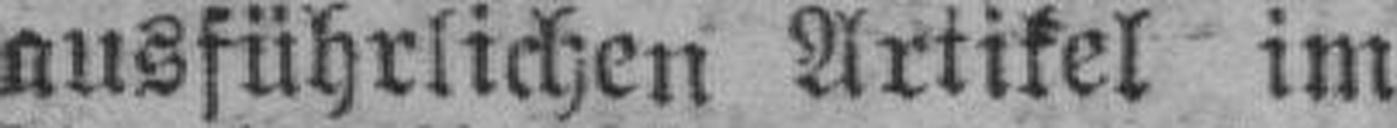
ausführlichen Artikel im